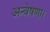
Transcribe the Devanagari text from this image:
अन्वेषणा।